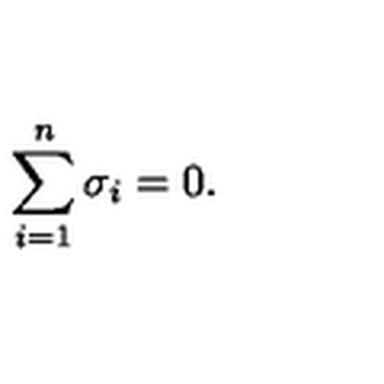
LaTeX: \sum _ { i = 1 } ^ { n } \sigma _ { i } = 0 .